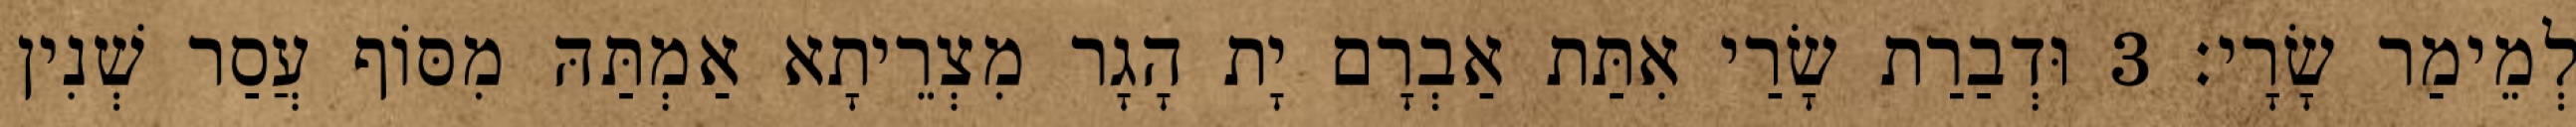
לְמֵימַר שָׂרָי׃ 3 וּדְבַרַת שָׂרַי אִתַּת אַבְרָם יָת הָגָר מִצְרֵיתָא אַמְתַּהּ מִסּוֹף עֲסַר שְׁנִין